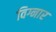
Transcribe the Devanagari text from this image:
विग्नार